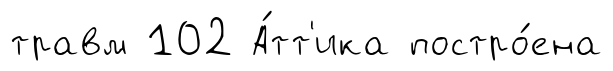
травм 102 А́тт'ика постро́ена